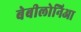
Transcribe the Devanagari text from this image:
बेबीलोनिआ